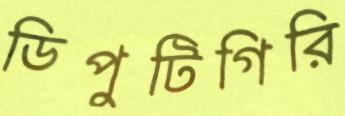
ডিপুটিগিরি